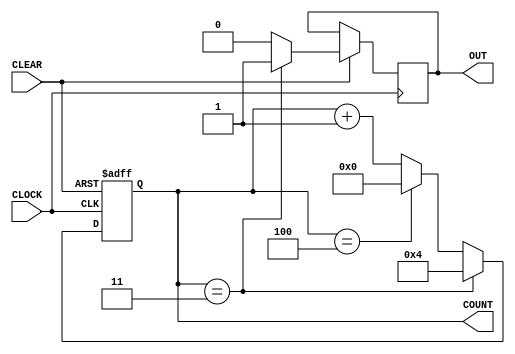
//renamed divideXn

module counter #(parameter N=5, parameter M=8)
    (
        input CLOCK, CLEAR,
        output reg [M-1:0] COUNT, // COUNT is defined as a M-bit register
        output reg OUT
    );

    always @ (negedge CLOCK, negedge CLEAR)
        if (CLEAR==1'b0) COUNT <= 0; // COUNT is loaded with all 0's
        else
        begin
            if (COUNT == N-2'd2) begin OUT <= 1'b1; COUNT <= N-1'd1; end // Once COUNT = N-2 OUT = 1
            else
            if (COUNT == N-1'd1) begin OUT <=1'b0; COUNT <= 0; end //Once COUNT = N-1 OUT=0
            else begin OUT <= 1'b0; COUNT <= COUNT + 1'b1; end // COUNT is incremented
        end
endmodule